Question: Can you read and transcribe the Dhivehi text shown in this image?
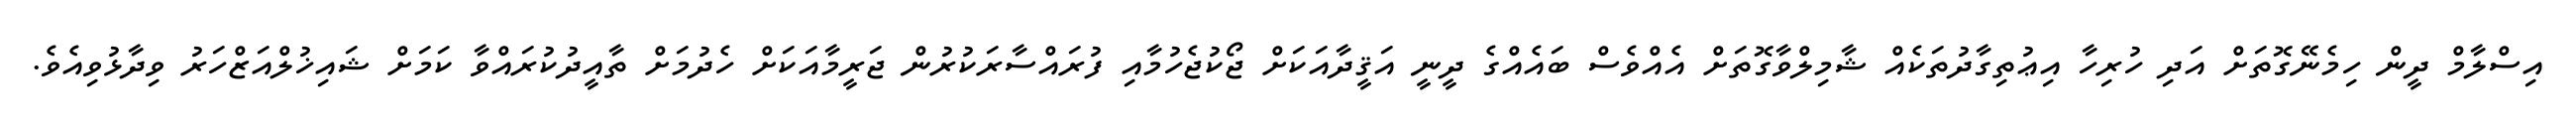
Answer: އިސްލާމް ދީން ހިމެނޭގޮތަށް އަދި ހުރިހާ އިޢުތިގާދުތަކެއް ޝާމިލްވާގޮތަށް އެއްވެސް ބައެއްގެ ދީނީ އަޤީދާއަކަށް ޖޯކުޖެހުމާއި ފުރައްސާރަކުރުން ޖަރީމާއަކަށް ހެދުމަށް ތާއީދުކުރައްވާ ކަމަށް ޝައިޚުލްއަޒްހަރު ވިދާޅުވިއެވެ.